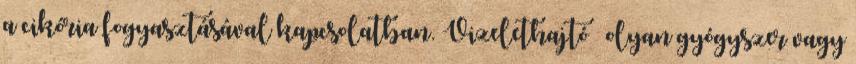
a cikória fogyasztásával kapcsolatban. Vizelethajtó  olyan gyógyszer vagy